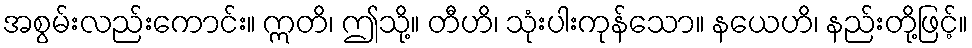
အစွမ်းလည်းကောင်း။ ဣတိ၊ ဤသို့။ တီဟိ၊ သုံးပါးကုန်သော။ နယေဟိ၊ နည်းတို့ဖြင့်။